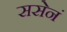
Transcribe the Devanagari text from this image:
ससेनं